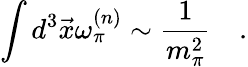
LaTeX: \int d^{3}\vec{x}\omega_{\pi}^{(n)}\sim\frac{1}{m_{\pi}^{2}}\quad.